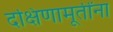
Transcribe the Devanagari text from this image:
दक्षिणामूर्तींना